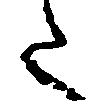
た